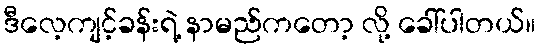
ဒီလေ့ကျင့်ခန်းရဲ့ နာမည်ကတော့ လို့ ခေါ်ပါတယ်။